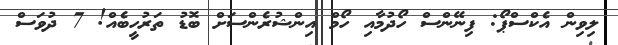
ލިވިން އެކްސްޕޯ: ފިނޭންސް ހޯދުމާއި ހޯމް އިންޝުރެންސަށް ބޮޑު ތަރުހީބެއް! 7 ދުވަސް